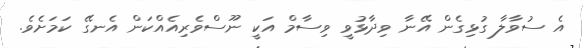
އެ ސުވާލާ ގުޅިގެން އޭނާ ވިދާޅުވީ ވިސާމް އަކީ ނޫސްވެރިއެއްކަން އެނގޭ ކަމަށެވެ.